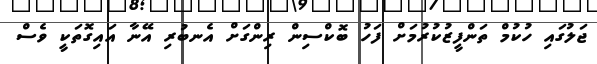
ޖަލުގައި ހުކުމް ތަންފީޒުކުރުމަށް ފަހު ބޮކްސިން ރިންގަށް އެނބުރި އޭނާ އައިގޮތަކީ ވެސް